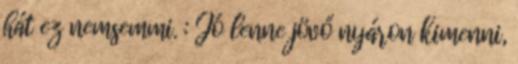
hát ez nemsemmi. : Jó lenne jövő nyáron kimenni,